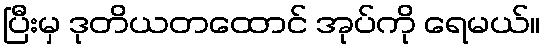
ပြီးမှ ဒုတိယတထောင် အုပ်ကို ရေမယ်။